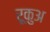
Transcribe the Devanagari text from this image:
रूकुअ